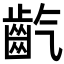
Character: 𪗟